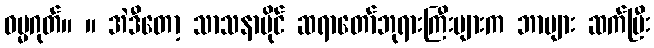
ဓမ္မဂုတ်။ ။ အဲဒီတော့ သာသနာပိုင် ဆရာတော်ဘုရားကြီးများက ဘာများ ဆက်ပြီး